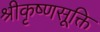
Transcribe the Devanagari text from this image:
श्रीकृष्णसूक्ति